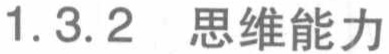
1.3.2 思维能力